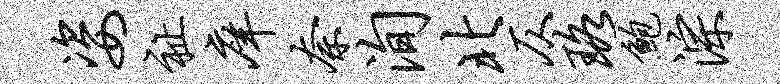
姿祉庠奈洵北仄珞鲍淙